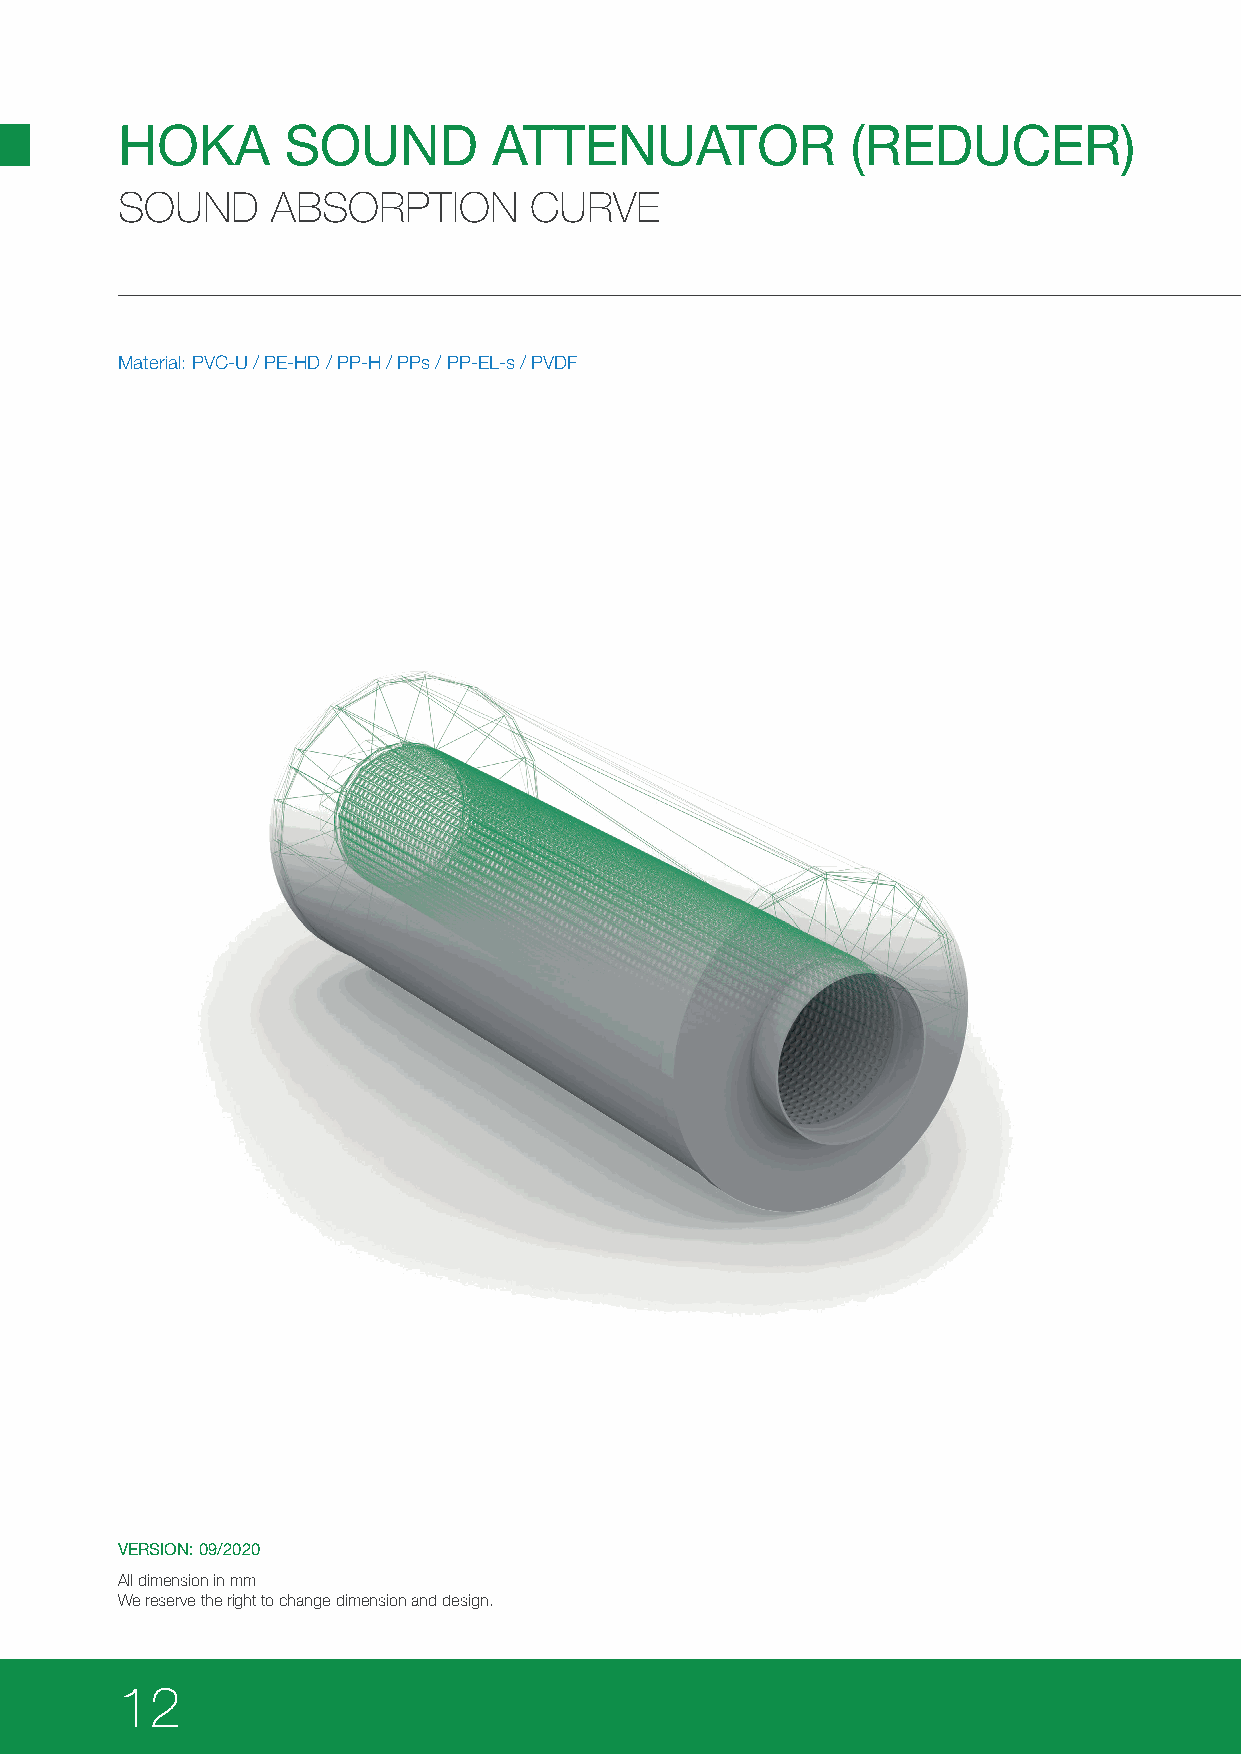
HOKA       SOUND         ATTENUATOR             (REDUCER)
 SOUND     ABSORPTION       CURVE
 Material: PVC-U / PE-HD / PP-H / PPs / PP-EL-s / PVDF
 VERSION: 09/2020
 All dimension in mm
 We reserve the right to change dimension and design.
 12